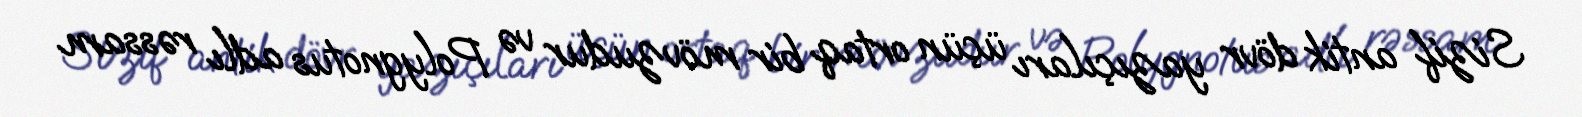
Sizif antik dövr yazıçıları üçün ortaq bir mövzudur və Polygnotus adlı rəssam